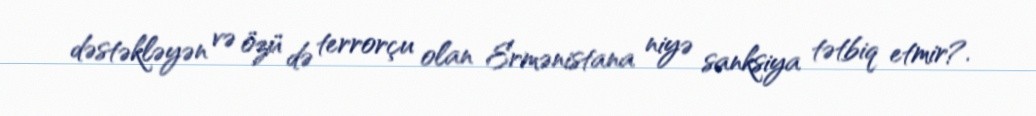
dəstəkləyən və özü də terrorçu olan Ermənistana niyə sanksiya tətbiq etmir?.